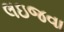
લઇજવા